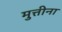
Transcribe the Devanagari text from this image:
मुत्तीना